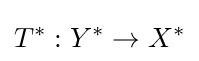
T^{*}:Y^{*}\to X^{*}